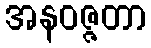
အနဝဇ္ဇတာ